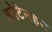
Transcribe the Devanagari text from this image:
कोटेनहम